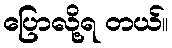
ပြောလို့ရ တယ်။